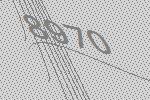
8970